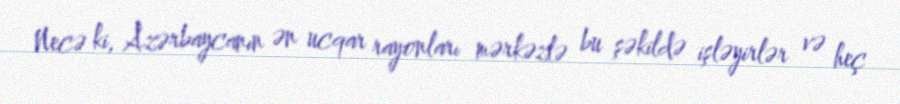
Necə ki, Azərbaycanın ən ucqar rayonları mərkəzlə bu şəkildə işləyirlər və heç